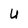
Character: u